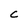
Character: C